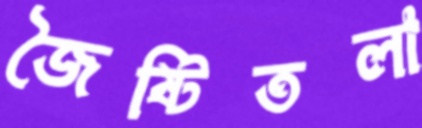
জৈষ্টিতলা